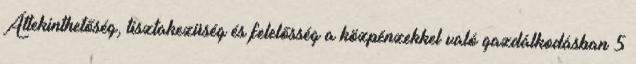
Áttekinthetőség, tisztakezüség és felelősség a közpénzekkel való gazdálkodásban 5